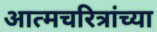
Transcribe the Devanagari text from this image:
आत्मचरित्रांच्या